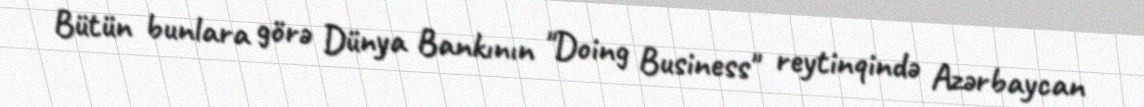
Bütün bunlara görə Dünya Bankının "Doing Business" reytinqində Azərbaycan